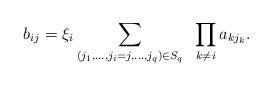
LaTeX: \begin{align*}b_{ij} = \xi_i\sum_{(j_1,\ldots,j_i=j,\ldots,j_q) \in S_q} \;\;\prod_{k\neq i} a_{kj_k}.\end{align*}